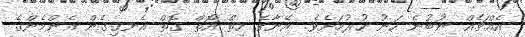
އެއްޗެއް ނުބުނެ ހަނު ހުރުމަށެވެ. އޭނާގެ ހިތް އޮތް ގޮތް އެނގިގެން އެންމެންގެ